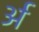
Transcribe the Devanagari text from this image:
र्अ